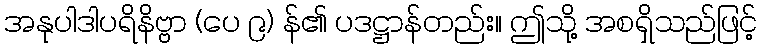
အနုပါဒါပရိနိဗ္ဗာ (ပေ ၉) န်၏ ပဒဋ္ဌာန်တည်း။ ဤသို့ အစရှိသည်ဖြင့်